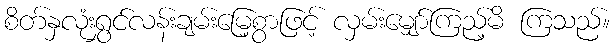
စိတ်နှလုံးရွှင်လန်းချမ်းမြေ့စွာဖြင့် လှမ်းမျှော်ကြည့်မိ ကြသည်။